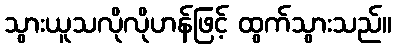
သွားယူသလိုလိုဟန်ဖြင့် ထွက်သွားသည်။